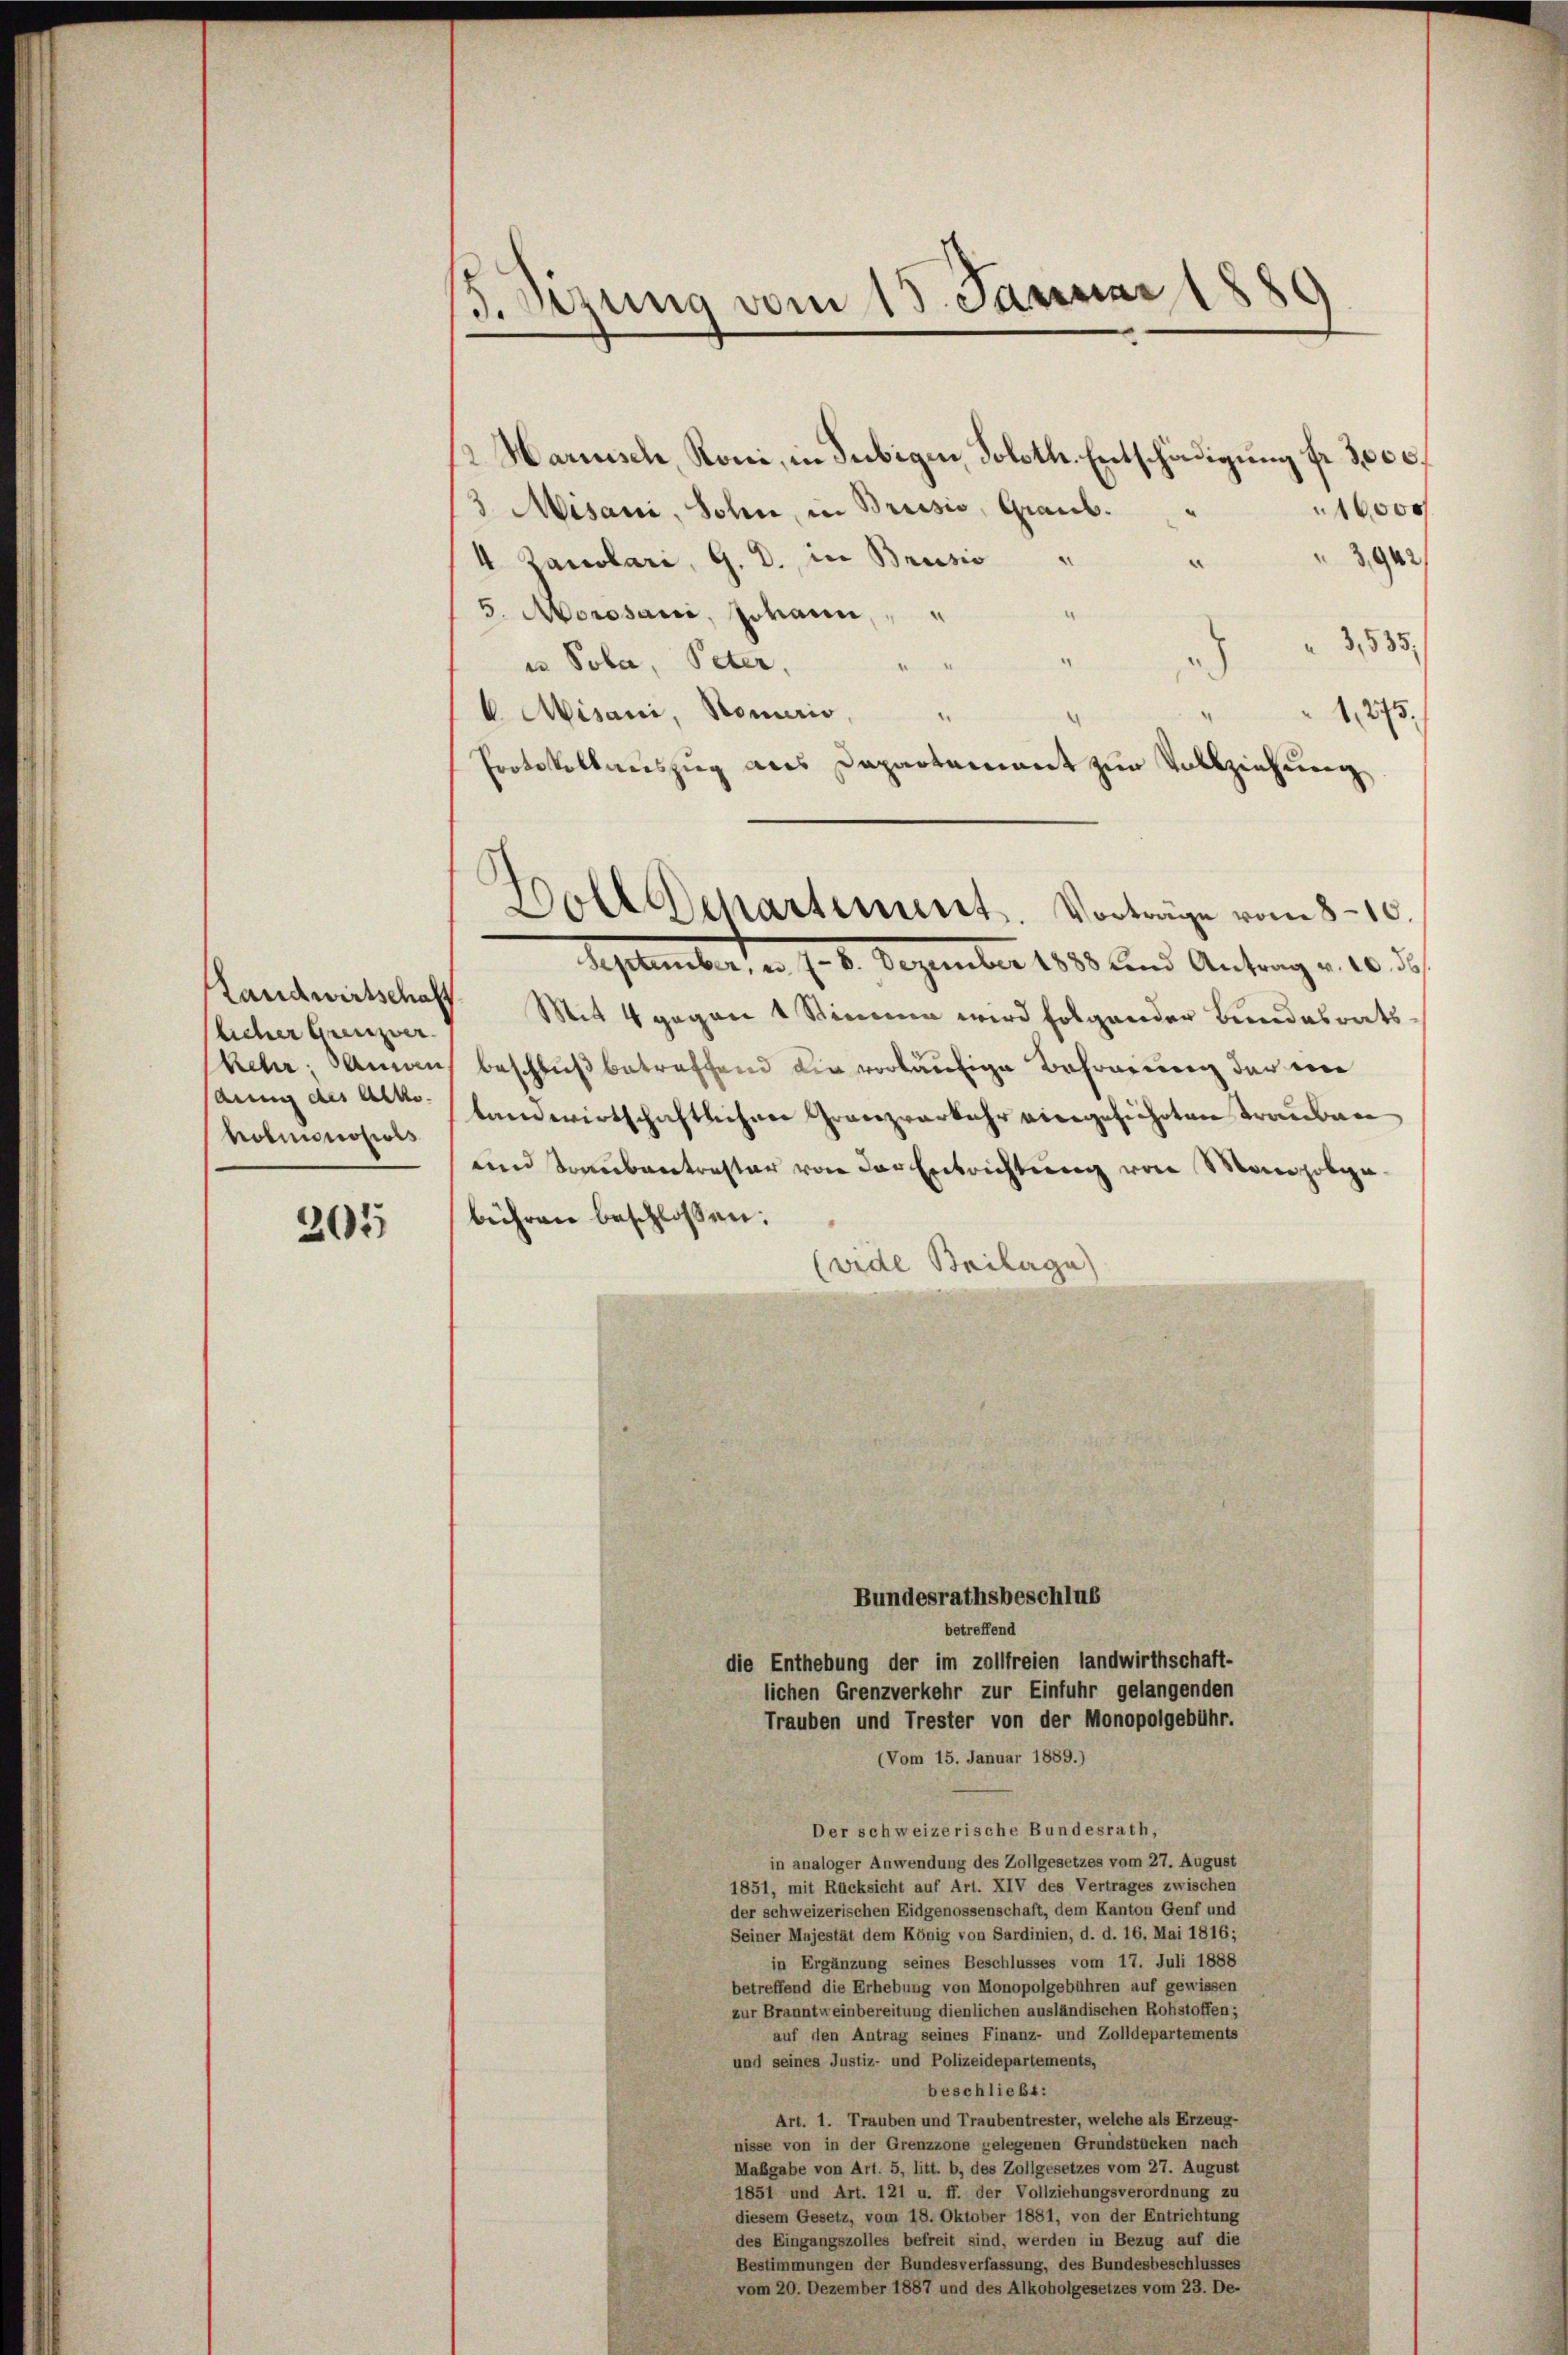
Landwirtschaft
licher Grenzver
kehr. Sanen
auung des Alko
hobinocosils

205

5. Setzung vom 13. Januar 1880

/2 Harnisch, Roni, in dubigen Soloth. Entschädigung fr. 3000.
10000
3 Misani, Sohn, in Brusio, Graub. "
“
3,942/
4 Zanolari, G. B. in Brusio
¬
5. Morosani, Johann, "
3,535.
u Pola, Peter,
 Aisani, Homeris,
1,275.
Protokollauszug aus Dapartement zur Vollziehung
Doll Departement. Vorträge vom 8.10.
September, u. 7 - 8. Dezember 1888 und Antrag v. 10. ds
Mit 4 gegen 1 Stimme wird folgender Bundesratsbeschluß betreffend die vorläufige Befreiung der eine
landwirtschaftlichen Granzverkehr viergeführten Trauben
und Traubentraster von der Entrichtung von Manzobgebühren beschlossen:
(vide Beiberga

Bundesrathsbeschlus
betreffend
die Enthebung der im zollfreien landwirthschaft-
lichen Grenzverkehr zur Einfuhr gelangenden
Trauben und Trester von der Monopolgebühr.
(Vom 15. Januar 1889.)
Der schweizerische Bundesrath,
in analoger Anwendung des Zollgesetzes vom 27. August
1851, mit Rücksicht auf Art. XIV des Vertrages zwischen
der schweizerischen Eidgenossenschaft, dem Kanton Genf und
Seiner Majestät dem König von Sardinien, d. d. 16. Mai 1816;
in Ergänzung seines Beschlusses vom 17. Juli 1888
betreffend die Erhebung von Monopolgebühren auf gewissen
zur Branntweinbereitung dienlichen ausländischen Rohstoffen;
auf den Antrag seines Finanz- und Zolldepartements
und seines Justiz- und Polizeidepartements,
beschließt:
Art. 1. Trauben und Traubentrester, welche als Erzeug-
nisse von in der Grenzzone gelegenen Grundstücken nach
Mabgabe von Art. 5, litt. b, des Zollgesetzes vom 27. August
1851 und Art. 121 u. ff. der Vollziehungsverordnung zu
diesem Gesetz, vom 18. Oktober 1881, von der Entrichtung
des Eingangszolles befreit sind, werden in Bezug auf die
Bestimmungen der Bundesverfassung, des Bundesbeschlusses
vom 20. Dezember 1887 und des Alkoholgesetzes vom 23. De-